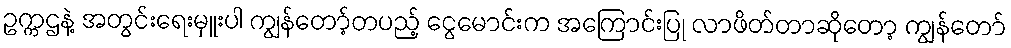
ဥက္ကဌနဲ့ အတွင်းရေးမှူးပါ ကျွန်တော့်တပည့် ငွေမောင်းက အကြောင်းပြု လာဖိတ်တာဆိုတော့ ကျွန်တော်